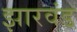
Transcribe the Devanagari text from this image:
झारवंड